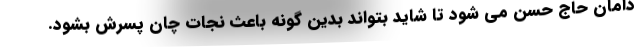
دامان حاج حسن می شود تا شاید بتواند بدین گونه باعث نجات چان پسرش بشود.